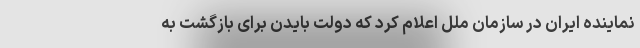
نماینده ایران در سازمان ملل اعلام کرد که دولت بایدن برای بازگشت به